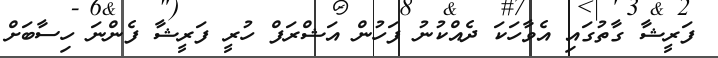
ފަރީޝާ ގާތުގައި އެވާހަކަ ދެއްކުނު ފަހުން އަޝްރަފް ހުރީ ފަރީޝާ ފެންނަ ހިސާބަށް